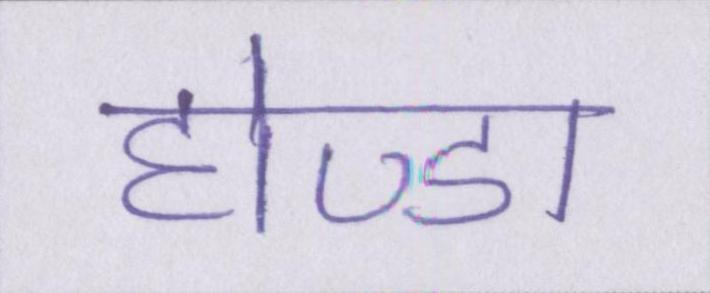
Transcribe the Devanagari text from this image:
होण्डा